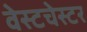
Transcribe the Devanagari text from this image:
वेस्‍टचेस्‍टर